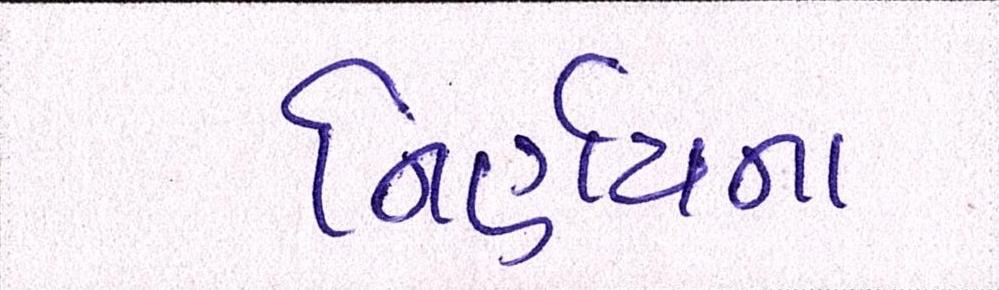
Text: નિર્ણયના